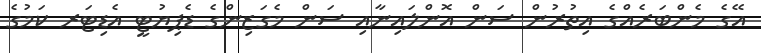
އޭގެ މެންބަރެއްގެ އިތުރުން ސަން އޮންލައިނާއި ސަން މެގަޒިންގެ ޑެޕިޔުޓީ އެޑިޓަރ ކަމުގެ